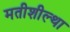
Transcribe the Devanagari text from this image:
मतीशील्था